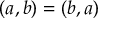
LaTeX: ( a , b ) = ( b , a )